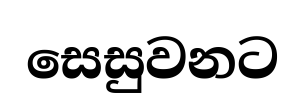
සෙසුවනට